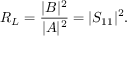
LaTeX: R _ { L } = { \frac { | B | ^ { 2 } } { | A | ^ { 2 } } } = | S _ { 1 1 } | ^ { 2 } .